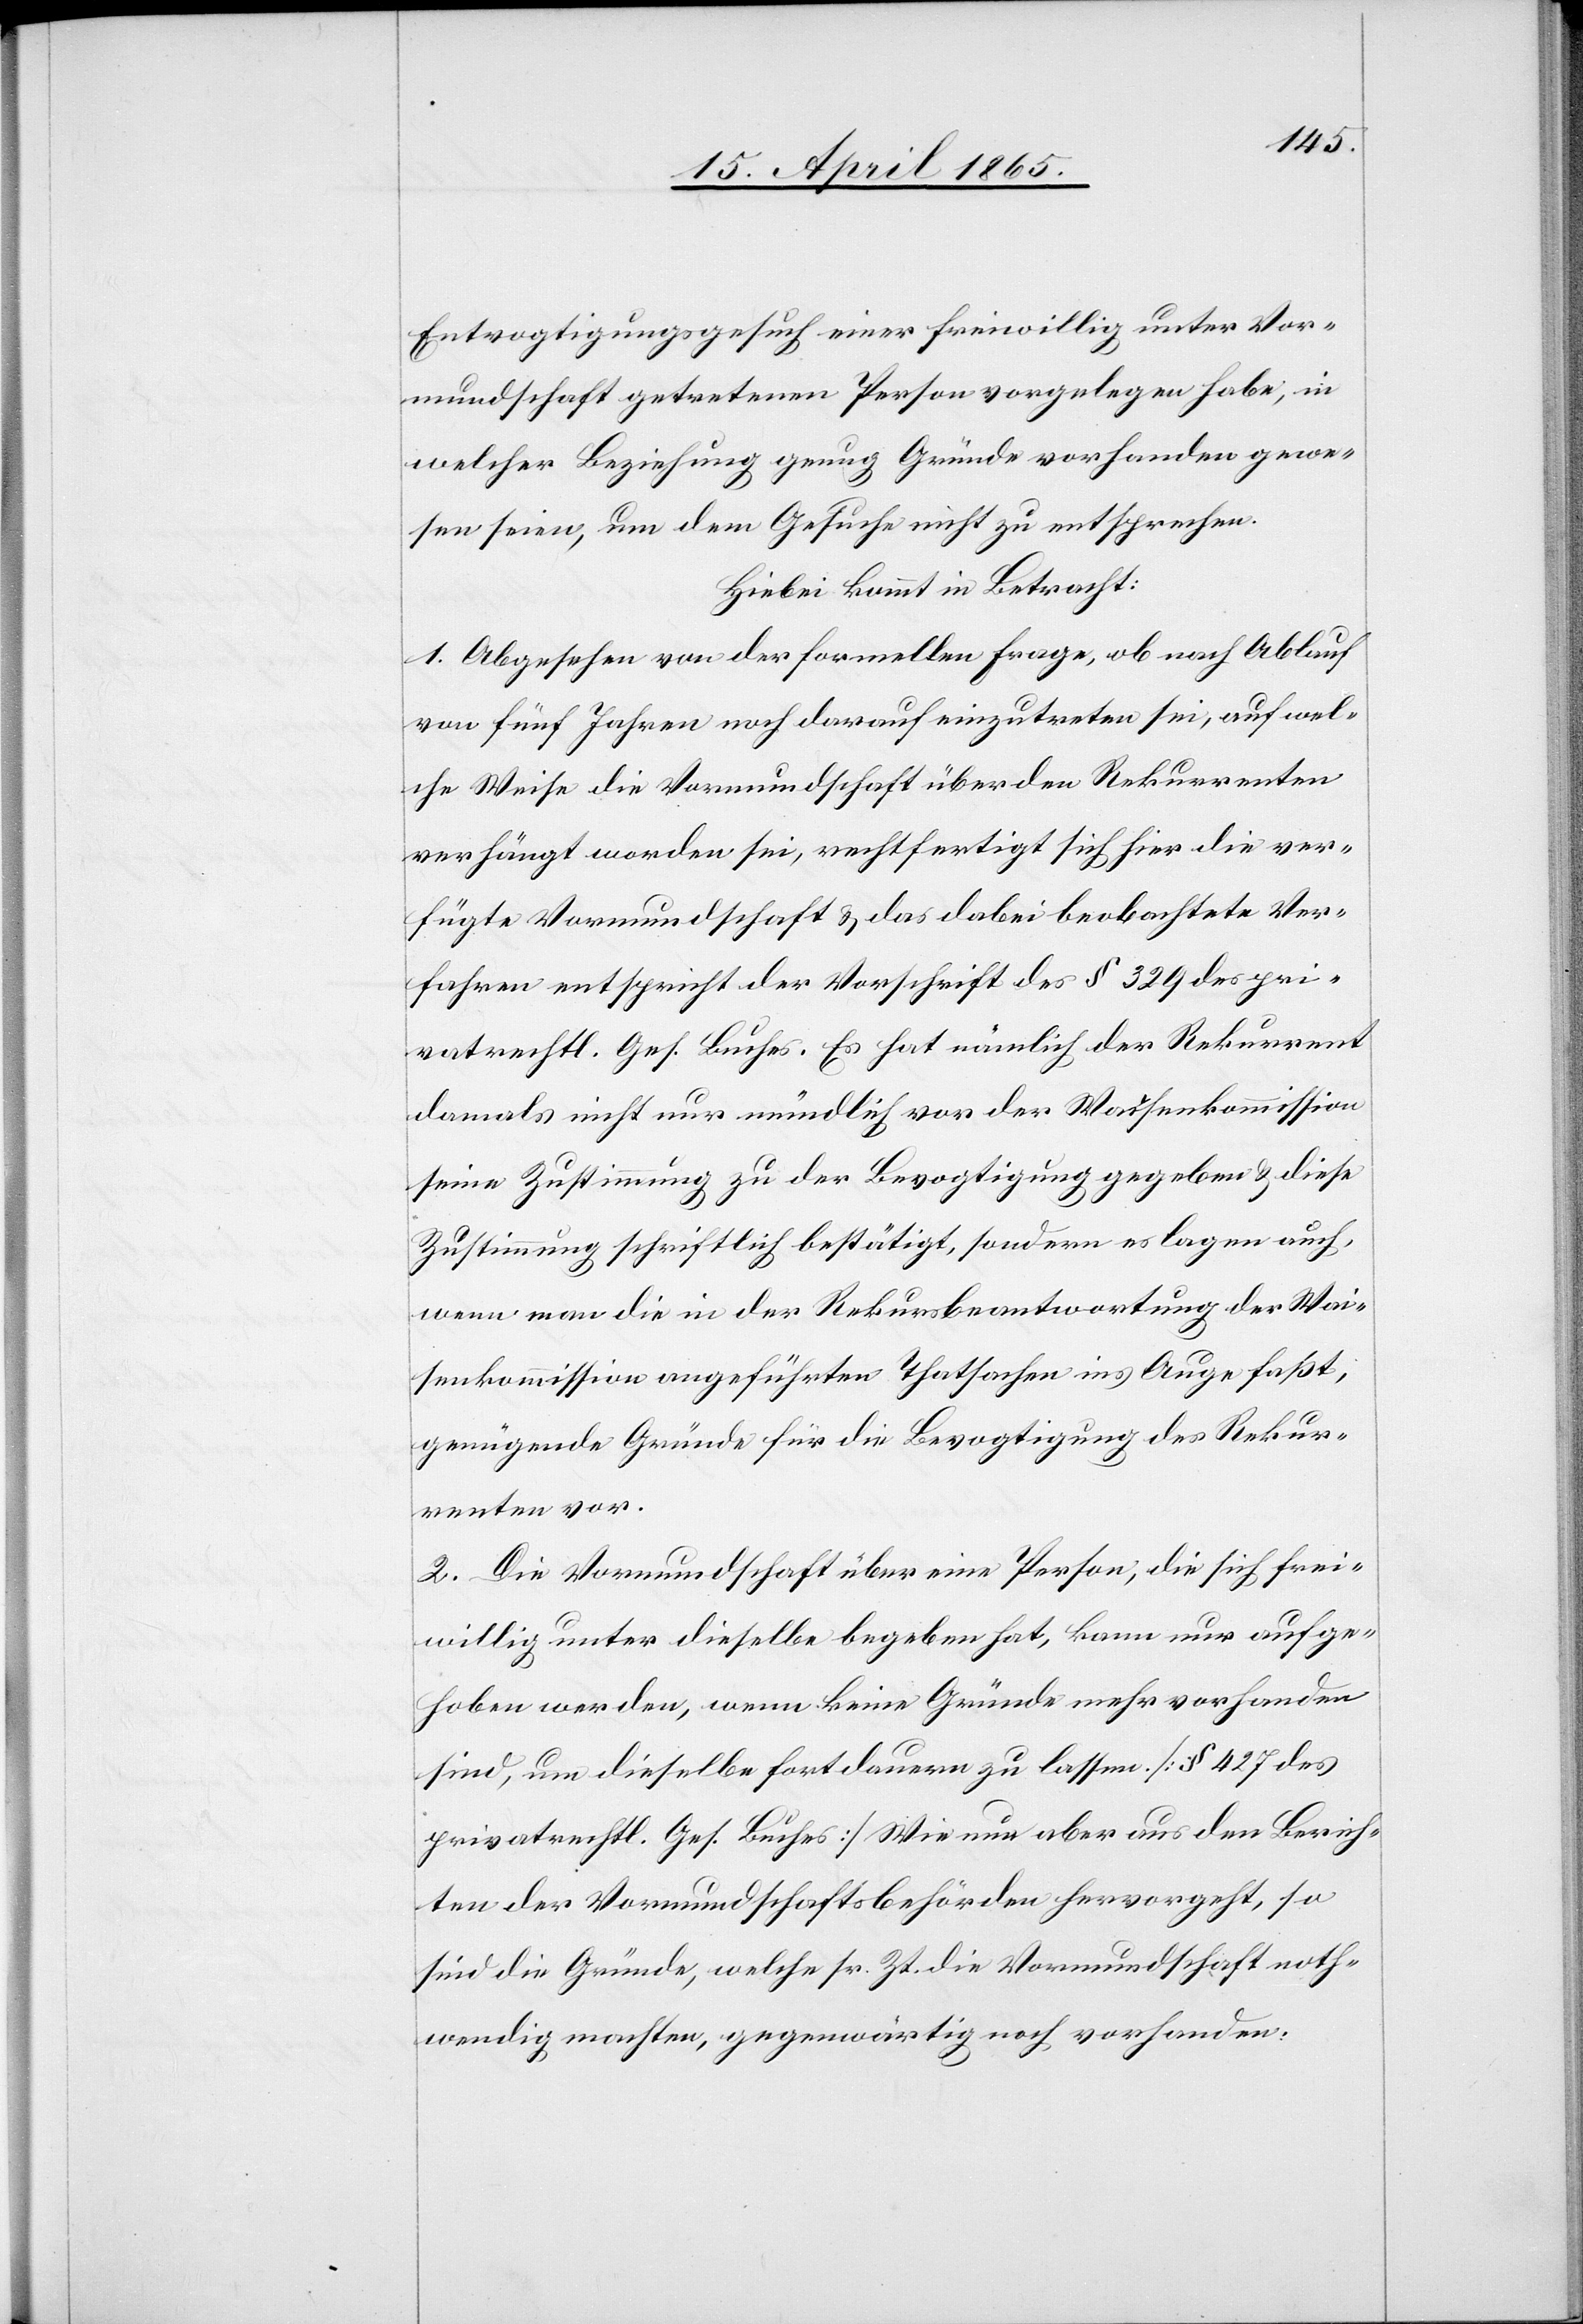
Entvogtigungsgesuch einer freiwillig unter Vor¬
mundschaft getretenen Person vorgelegen habe, in
welcher Beziehung genug Gründe vorhanden gewe¬
sen seien, um dem Gesuche nicht zu entsprechen.
Hiebei kommt in Betracht:
1. Abgesehen von der formellen Frage, ob nach Ablauf
von fünf Jahren noch darauf einzutreten sei, auf wel¬
che Weise die Vormundschaft über den Rekurrenten
verhängt worden sei, rechtfertigt sich hier die ver¬
fügte Vormundschaft & das dabei beobachtete Ver¬
fahren entspricht der Vorschrift des § 329 des pri¬
vatrechtl. Ges. Buches. Es hat nämlich der Rekurrent
damals nicht nur mündlich vor der Waisenkommission
seine Zustimmung zu der Bevogtigung gegeben & diese
Zustimmung schriftlich bestätigt, sondern es lagen auch,
wenn man die in der Rekursbeantwortung der Wai¬
senkommission angeführten Thatsachen ins Auge faßt,
genügende Gründe für die Bevogtigung des Rekur¬
renten vor.
2. Die Vormundschaft über eine Peson, die sich frei¬
willig unter dieselbe begeben hat, kann nur aufge¬
hoben werden, wenn keine Gründe mehr vorhanden
sind, um dieselbe fortdauern zu lassen [§ 427 des
privatrechtl. Ges. Buches] Wie nun aber aus den Berich¬
ten der Vormundschaftsbehörden hervorgeht, so
sind die Gründe, welche sr. Zt. die Vormundschaft noth¬
wendig machten, gegenwärtig noch vorhanden.